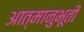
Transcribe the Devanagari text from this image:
आत्मानुभूती